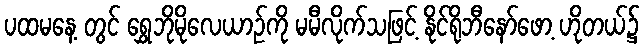
ပထမနေ့ တွင် ရွှေဘိုမိုလေယာဉ်ကို မမီလိုက်သဖြင့် နိုင်ရိုဘီနော်ဖော့ ဟိုတယ်၌